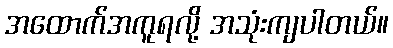
အထောက်အကူရလို့ အသုံးကျပါတယ်။